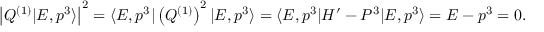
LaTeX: \left| Q ^ { ( 1 ) } \vert E , p ^ { 3 } \rangle \right| ^ { 2 } = \langle E , p ^ { 3 } \vert \left( Q ^ { ( 1 ) } \right) ^ { 2 } \vert E , p ^ { 3 } \rangle = \langle E , p ^ { 3 } \vert H ^ { \prime } - P ^ { 3 } \vert E , p ^ { 3 } \rangle = E - p ^ { 3 } = 0 .